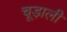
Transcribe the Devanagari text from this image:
चूड़ाली